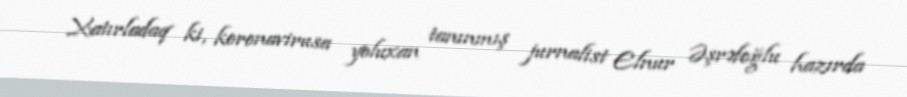
Xatırladaq ki, koronavirusa yoluxan tanınmış jurnalist Elnur Əşrəfoğlu hazırda